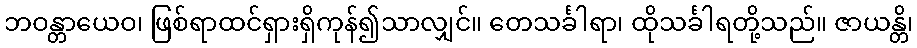
ဘဝန္တာယေဝ၊ ဖြစ်ရာထင်ရှားရှိကုန်၍သာလျှင်။ တေသင်္ခါရာ၊ ထိုသင်္ခါရတို့သည်။ ဇာယန္တိ၊